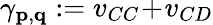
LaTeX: \gamma_{\mathbf{p},\mathbf{q}}:=v_{CC}\! +\! v_{CD}